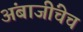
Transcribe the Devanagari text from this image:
अंबाजींचेच